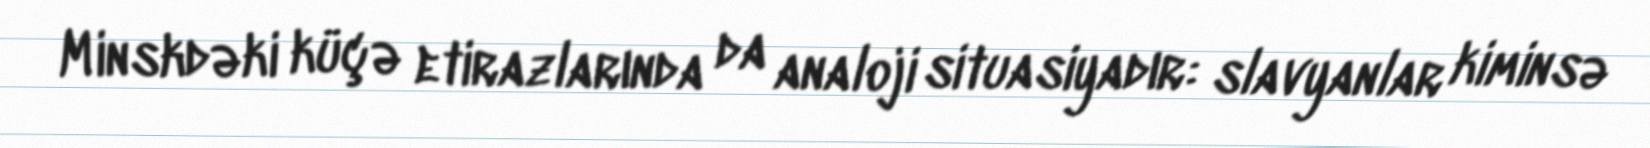
Minskdəki küçə etirazlarında da analoji situasiyadır: slavyanlar kiminsə